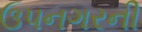
ઉપનગરની